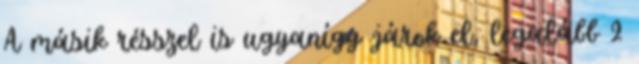
A másik résszel is ugyanígy járok el, legalább 2